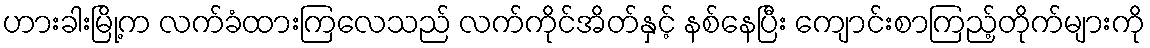
ဟားခါးမြို့က လက်ခံထားကြလေသည် လက်ကိုင်အိတ်နှင့် နစ်နေပြီး ကျောင်းစာကြည့်တိုက်များကို